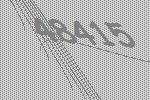
48415